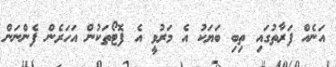
އަނެއް ފަރާތުގައި ތިބި ބަޔަކު އެ މަރުވީ އެ ފޮޓޯތަކުން އަހަރެން ފެންނަން